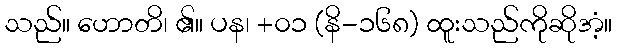
သည်။ ဟောတိ၊ ၏။ ပန၊ +၀၁ (နိ-၁၆၈) ထူးသည်ကိုဆိုအံ့။